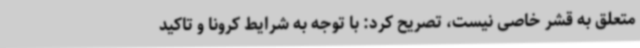
متعلق به قشر خاصی نیست، تصریح کرد: با توجه به شرایط کرونا و تاکید